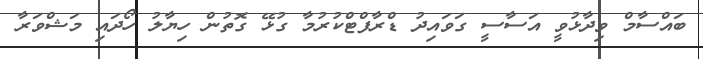
ބައްސާމް ވިދާޅުވީ އަސާސީ ގަވައިދު ޑްރާފްޓްކުރުމާ ގުޅޭ ގޮތުން ހިޔާލު ހޯދައި މަޝްވަރާ